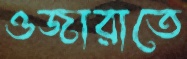
ওজারাতে